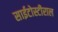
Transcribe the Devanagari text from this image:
साईटोस्टीराल